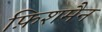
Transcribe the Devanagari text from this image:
फ़िशमैन